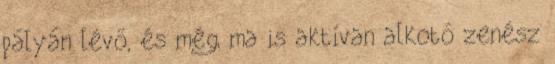
pályán lévő, és még ma is aktívan alkotó zenész